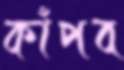
কাঁপব